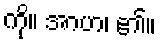
ကို။ အာဟ၊ ၏။